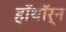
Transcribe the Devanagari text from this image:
हॉथॉर्न